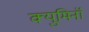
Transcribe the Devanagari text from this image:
क्युमिनॉ